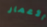
الأعمار